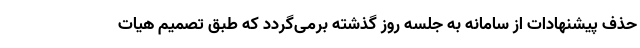
حذف پیشنهادات از سامانه به جلسه روز گذشته برمی‌گردد که طبق تصمیم هیات